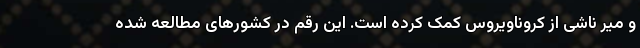
و میر ناشی از کروناویروس کمک کرده است. این رقم در کشورهای مطالعه شده